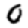
Digit: 0